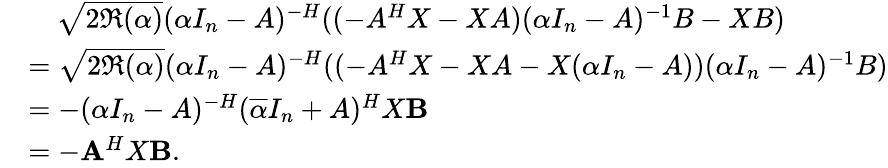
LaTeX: \begin{array}{rl}&{~~~~\sqrt{2\Re(\alpha)}(\alpha I_{n}-A)^{-H}((-A^{H}X-XA)(\alpha I_{n}-A)^{-1}B-XB)}\\ &{=\sqrt{2\Re(\alpha)}(\alpha I_{n}-A)^{-H}((-A^{H}X-XA-X(\alpha I_{n}-A))(\alpha I_{n}-A)^{-1}B)}\\ &{=-(\alpha I_{n}-A)^{-H}(\overline{{\alpha}}I_{n}+A)^{H}X\mathbf{B}}\\ &{=-\mathbf{A}^{H}X\mathbf{B}.}\end{array}